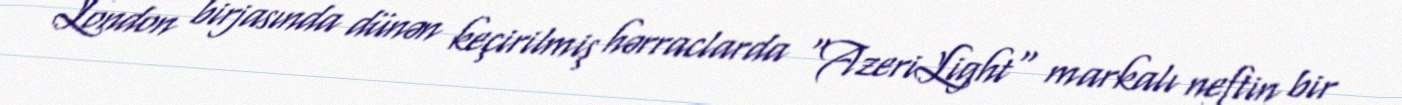
London birjasında dünən keçirilmiş hərraclarda "AzeriLight" markalı neftin bir